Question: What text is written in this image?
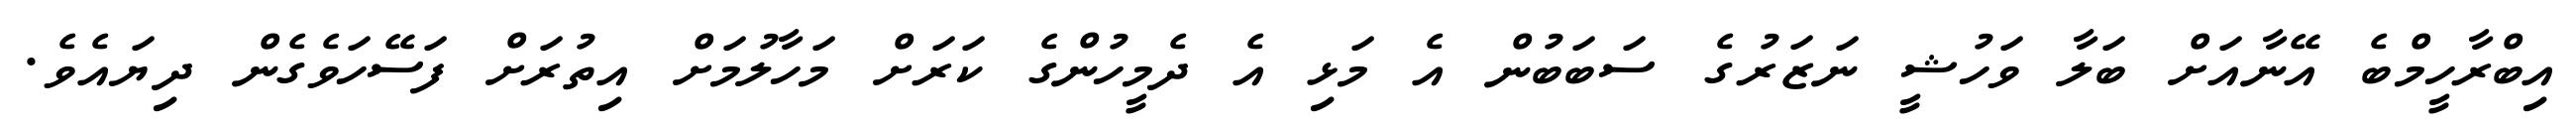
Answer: އިބްރާހީމްބެ އޭނާއަށް ބަލާ ވަހުޝީ ނަޒަރުގެ ސަބަބުން އެ މަޅި އެ ދެމީހުންގެ ކަރަށް މަހާލުމަށް އިތުރަށް ފަސޭހަވެގެން ދިޔައެވެ.